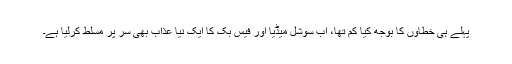
پہلے ہی خطاؤں کا بوجھ کیا کم تھا، اب سوشل میڈیا اور فیس بک کا ایک نیا عذاب بھی سر پر مسلط کرلیا ہے۔